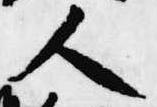
人